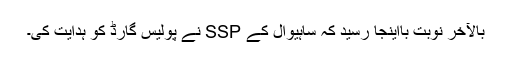
بالآخر نوبت بااینجا رسید کہ ساہیوال کے SSP نے پولیس گارڈ کو ہدایت کی۔